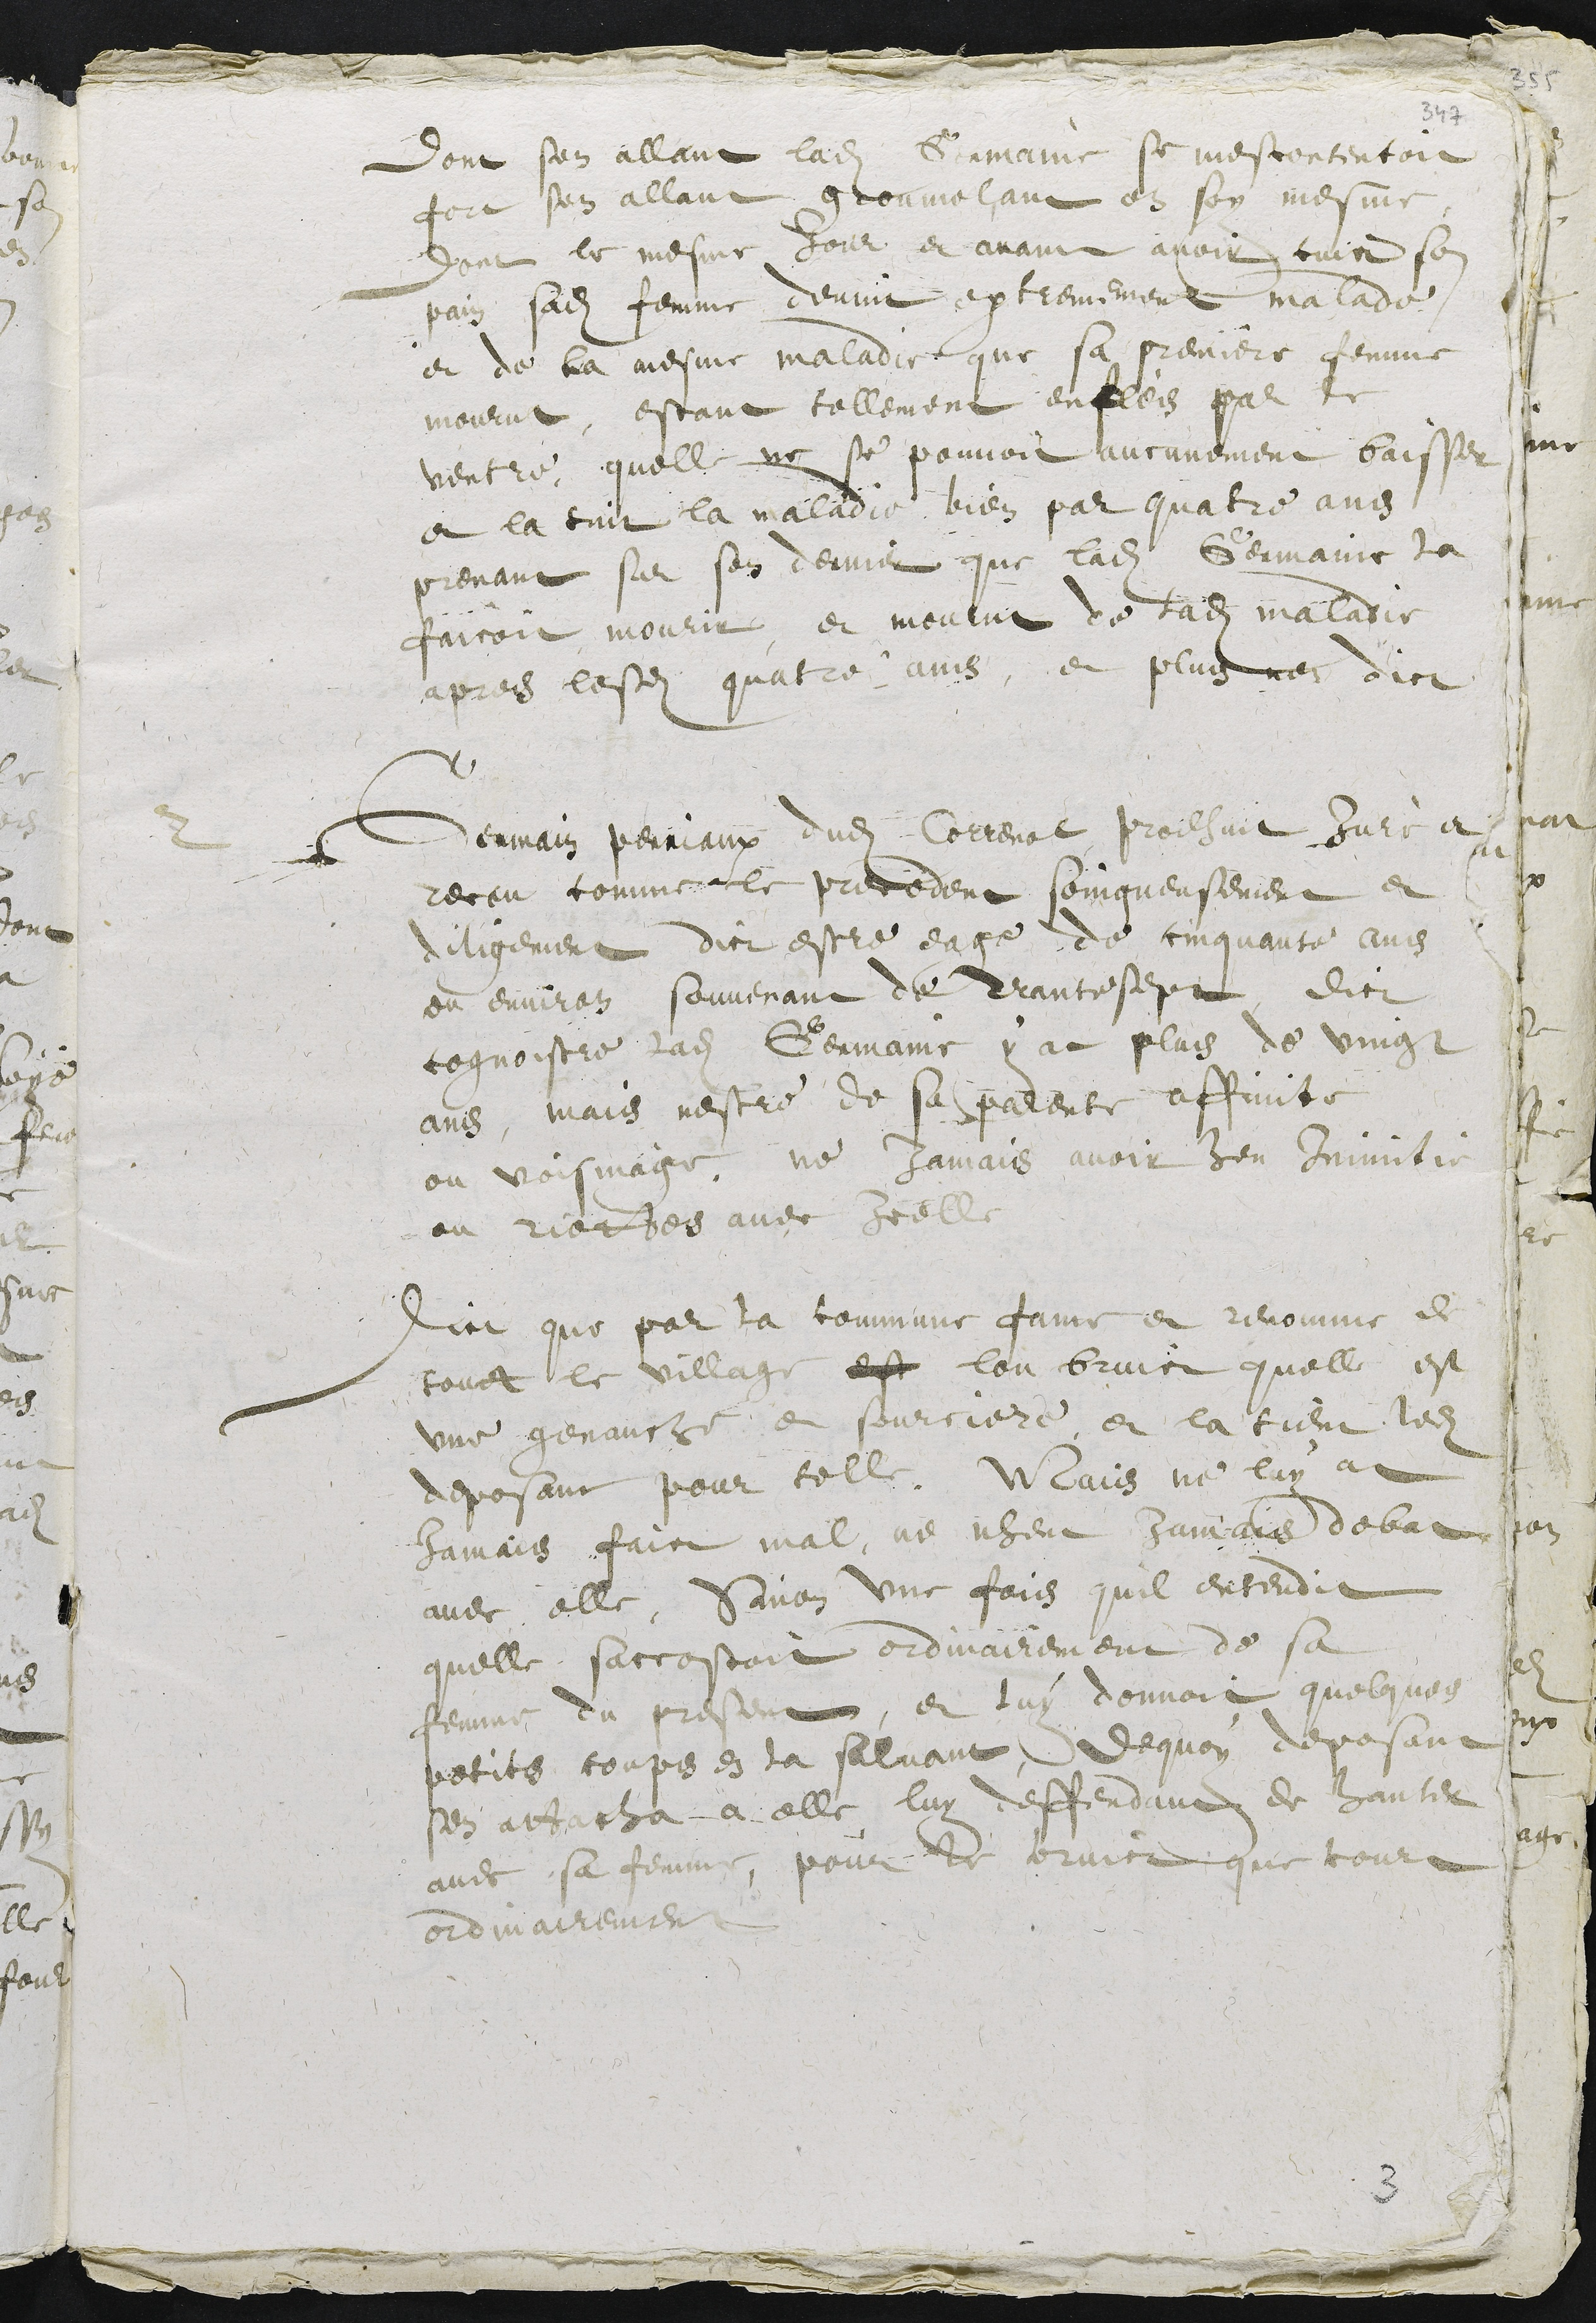
Dont sen allant ladite Germaine se mescontentoit
fort sen allant gronmelant en soy mesme
dont le mesme jour et avant avoir cuis son
pain sadite femme devint extremement malade
et de la mesme maladie que sa premiere femme
mourut, estant tellement enfles par le
ventre, quelle ne se pouvoit aucunement baisser
et la tint la maladie bien par quatre ans
prenant sur son dernier que ladite Germaine la
faicoit mourir, et mourut de ladite maladie
apres lesdits quatre ans, et plus nen dict
2
Germain Perriaux dudit Correnol prodhuit Juré et
receu comme le precedent soingneusement et
diligement dict estre eage de cinquante ans
ou environ souvenant de trante sept, dict
cognoistre ladite Germaine y at plus de vingt
ans, mais nestre de sa parente affinite
ou voisinnage, ne Jamais avoir heu Inimitie
ou riottes avec icelle
Dict que par la commune fame et renomme de
tout le village est lon bruict quelle est
une genauche et sourciere, et la tient ledit
deposant pour telle Mais ne luy at
Jamais faict mal, ne nheut Jamais debat
avec elle, Sinon une fois quil entendit
quelle saccostoit ordinairement de sa
femme du present, et luy donnoit quelques
petites coups en la saluant, dequoy deposant
sen attacha a elle luy deffendant de hanter
avec sa femme, pour le bruict que court
ordinairement

3